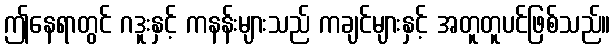
ဤနေရာတွင် ဂဒူးနှင့် ကနန်းများသည် ကချင်များနှင့် အတူတူပင်ဖြစ်သည်။